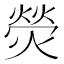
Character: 熒